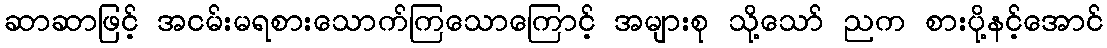
ဆာဆာဖြင့် အငမ်းမရစားသောက်ကြသောကြောင့် အများစု သို့သော် ညက စားပို့နင့်အောင်